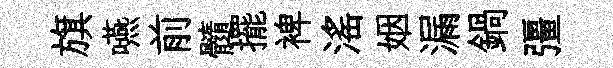
旗嚥前髓擺裨滛姻漏鍋彊